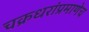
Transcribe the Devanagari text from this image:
चक्रधरांप्रमाणेच